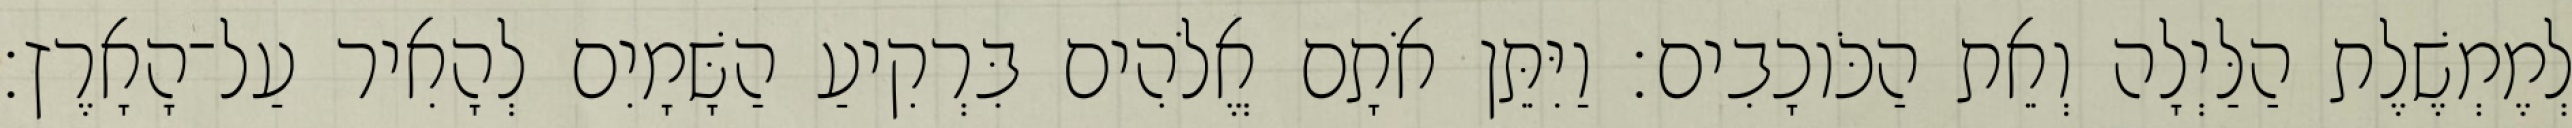
לְמֶמְשֶׁלֶת הַלַּיְלָה וְאֵת הַכֹּוכָבִים׃ וַיִּתֵּן אֹתָם אֱלֹהִים בִּרְקִיעַ הַשָּׁמָיִם לְהָאִיר עַל־הָאָרֶץ׃